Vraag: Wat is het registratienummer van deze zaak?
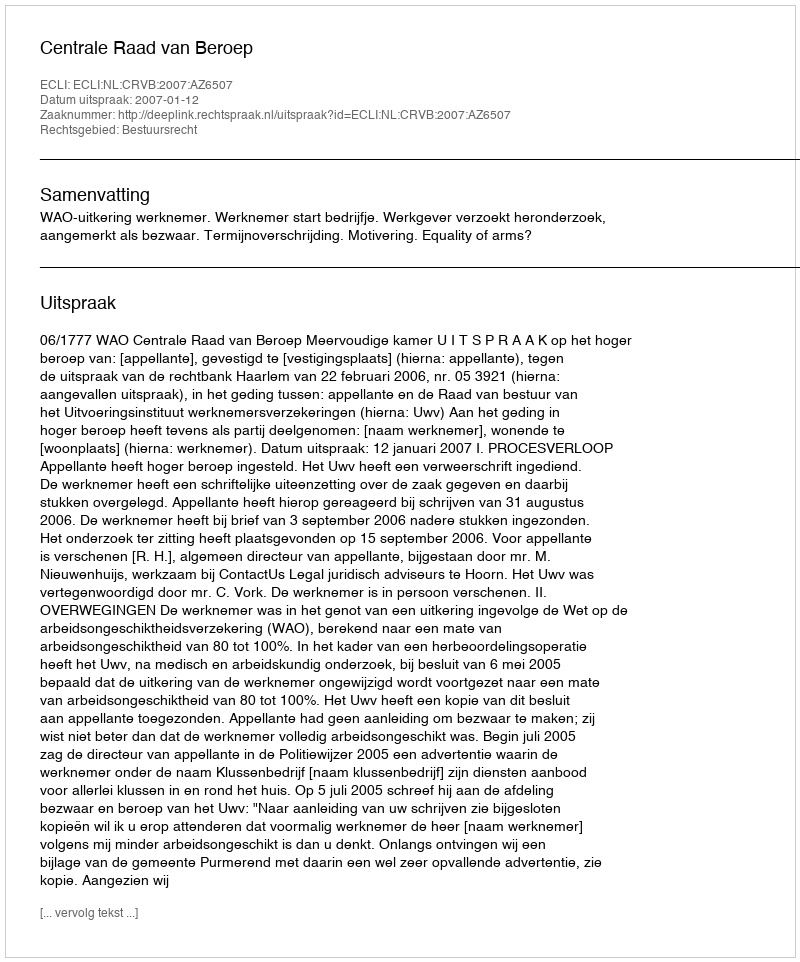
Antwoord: http://deeplink.rechtspraak.nl/uitspraak?id=ECLI:NL:CRVB:2007:AZ6507